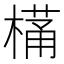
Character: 𭫩